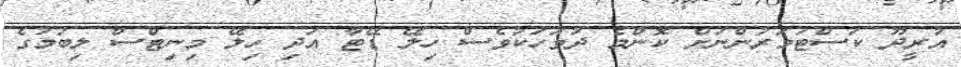
އުރީދޫ ކަސްޓަމަރުންނަށް ކޮންމެ ދުވަހަކުވެސް ހިލޭ ޑޭޓާ އަދި ހިލޭ މިނިޓްސް ލިބުމުގެ